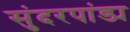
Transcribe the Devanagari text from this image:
सुंदरपांड्य